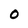
Character: O